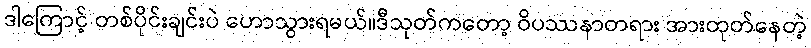
ဒါကြောင့် တစ်ပိုင်းချင်းပဲ ဟောသွားရမယ်။ဒီသုတ်ကတော့ ဝိပဿနာတရား အားထုတ်နေတဲ့